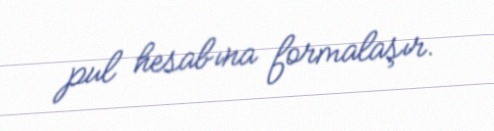
pul hesabına formalaşır.